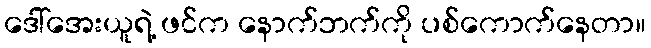
ဒေါ်အေးယူရဲ့ ဖင်က နောက်ဘက်ကို ပစ်ကောက်နေတာ။